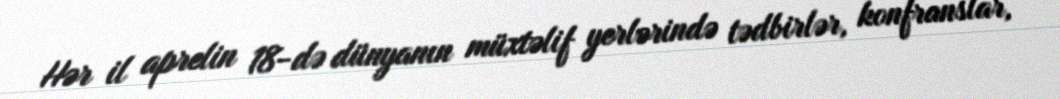
Hər il aprelin 18-də dünyanın müxtəlif yerlərində tədbirlər, konfranslar,